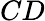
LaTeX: CD